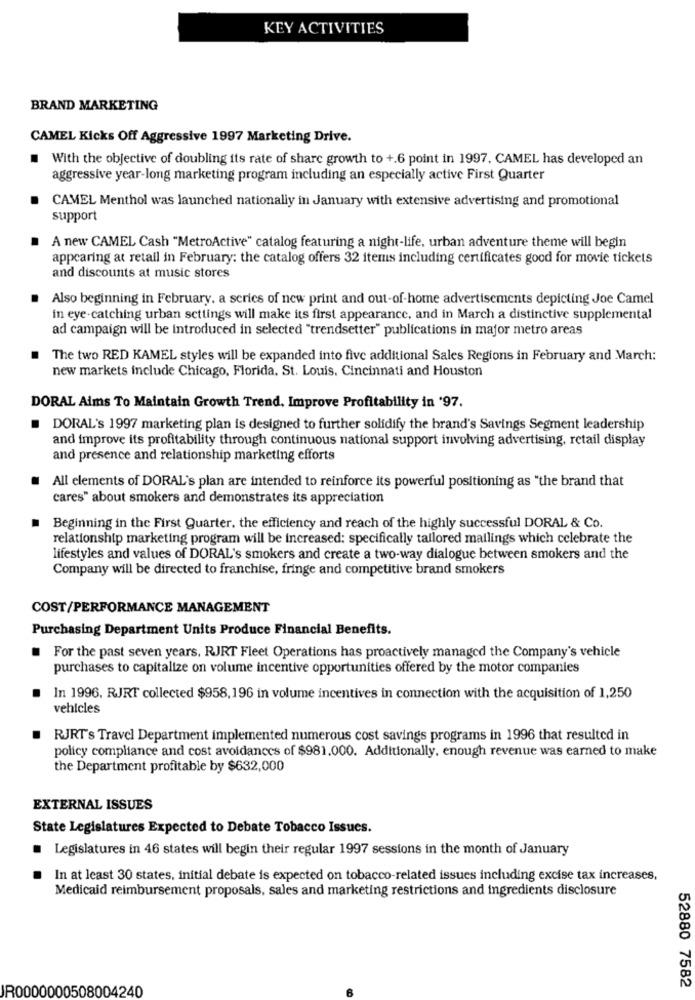
KEY ACTIVITIES
BRAND MARKETING
CAMEL Kicks Off Aggressive 1997 Marketing Drive.
With the objective of doubling its rate of share growth to +.6 point in 1997, CAMEL has developed an
aggressive year-long marketing program including an especially active First Quarter
CAMEL Menthol was launched nationally in January with extensive advertising and promotional
support
A new CAMEL Cash "MetroActive" catalog featuring a night-life, urban adventure theme will begin
appearing at retail in February: the catalog offers 32 items including certificates good for movie tickets
and discounts at music stores
Also beginning in February. a series of new print and out-of-home advertisements depicting Joe Camel
in eye-catching urban settings will make its first appearance, and in March a distinctive supplemental
ad campaign will be introduced in selected "trendsetter" publications in major metro areas
.
The two RED KAMEL styles will be expanded into five additional Sales Regions in February and March:
new markets include Chicago, Florida, St. Louis. Cincinnati and Houston
DORAL Aims To Maintain Growth Trend. Improve Profitability in '97.
DORAL's 1997 marketing plan is designed to further solidify the brand's Savings Segment leadership
and improve its profitability through continuous national support involving advertising, retail display
and presence and relationship marketing efforts
All elements of DORAL's plan are intended to reinforce its powerful positioning as "the brand that
cares" about smokers and demonstrates its appreciation
Beginning in the First Quarter, the efficiency and reach of the highly successful DORAL & Co.
relationship marketing program will be increased: specifically tailored mailings which celebrate the
lifestyles and values of DORAL's smokers and create a two-way dialogue between smokers and the
Company will be directed to franchise, fringe and competitive brand smokers
COST/PERFORMANCE MANAGEMENT
Purchasing Department Units Produce Financial Benefits.
For the past seven years, RJRT Fleet Operations has proactively managed the Company's vehicle
purchases to capitalize on volume incentive opportunities offered by the motor companies
In 1996. RJRT collected $958,196 in volume incentives in connection with the acquisition of 1,250
vehicles
RJRT's Travel Department implemented numerous cost savings programs in 1996 that resulted in
policy compliance and cost avoidances of $981.000. Additionally, enough revenue was earned to make
the Department profitable by $632,000
EXTERNAL ISSUES
State Legislatures Expected to Debate Tobacco Issues.
Legislatures in 46 states will begin their regular 1997 sessions in the month of January
In at least 30 states, initial debate is expected on tobacco-related issues including excise tax increases,
Medicaid reimbursement proposals, sales and marketing restrictions and ingredients disclosure
R0000000508004240
52880 7582